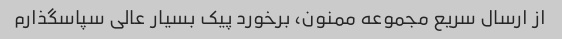
از ارسال سریع مجموعه ممنون، برخورد پیک بسیار عالی سپاسگذارم